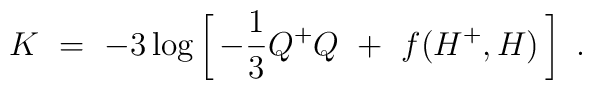
K\ =\ -3\log \left[\, -\frac{1}{3} Q^+ Q \ +\ f(H^+, H)\,\right]\ .